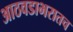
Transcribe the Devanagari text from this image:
आठवडाभरातच